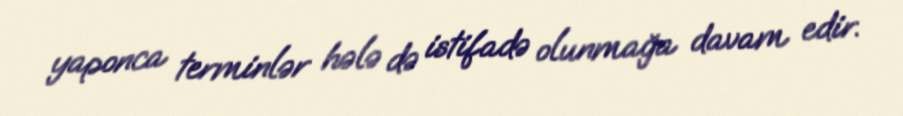
yaponca terminlər hələ də istifadə olunmağa davam edir.